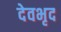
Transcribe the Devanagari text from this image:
देवभृद